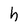
Character: h